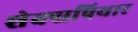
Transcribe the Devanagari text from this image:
शेक्सपियार